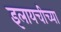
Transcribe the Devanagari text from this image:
इलायचीच्या